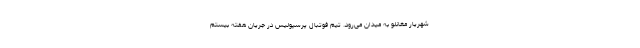
شهریار مغانلو به میدان می‌رود. تیم فوتبال پرسپولیس در جریان هفته بیستم